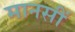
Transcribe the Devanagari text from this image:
मानसीं